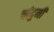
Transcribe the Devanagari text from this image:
चांदुनी